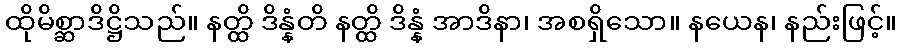
ထိုမိစ္ဆာဒိဋ္ဌိသည်။ နတ္ထိ ဒိန္နံတိ နတ္ထိ ဒိန္နံ အာဒိနာ၊ အစရှိသော။ နယေန၊ နည်းဖြင့်။